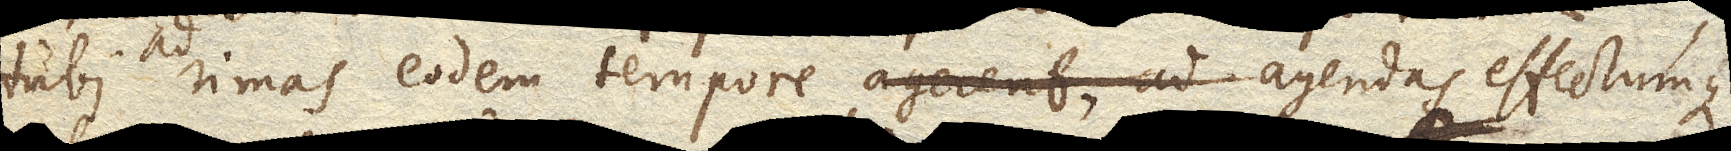
tubi ad rimas eodem tempore agerent, ad agendas effectumque